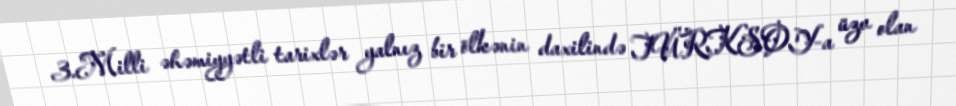
3.Milli əhəmiyyətli tarixlər yalnız bir ölkənin daxilində TÜRKSOY-a üzv olan